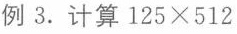
例3. 计算$$1 2 5 \times 5 1 2$$